Report on plague in the Punjab from October 1st ... to September 30th ..., being the ... season of plague in the province
Disease focus: Plague
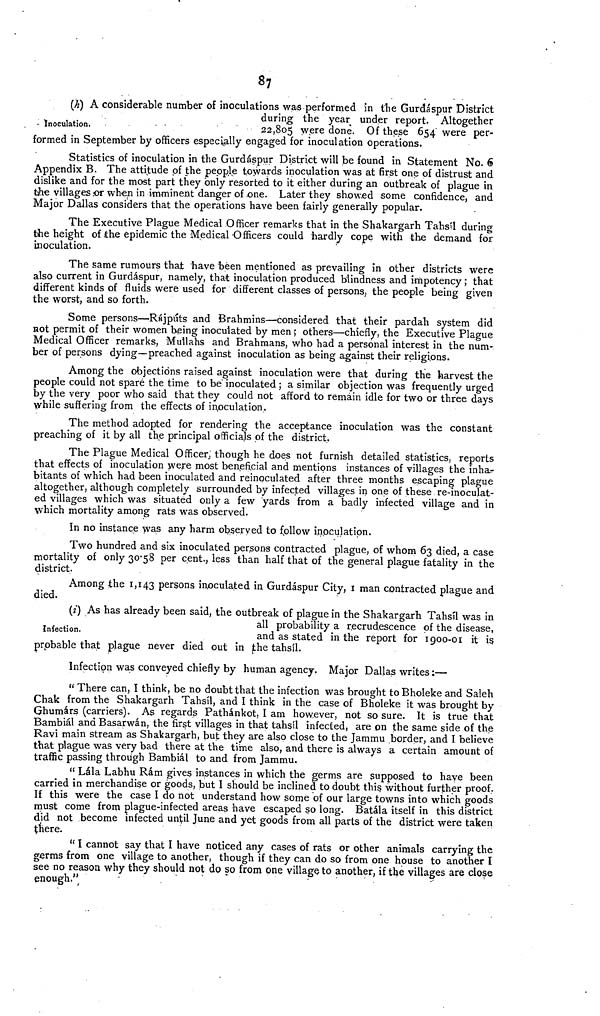
87
Inoculation.
(h) A considerable number of inoculations was performed in the Gurdáspur District
during the year under report. Altogether
22,805 were done. Of these 654 were per-
formed in September by officers especially engaged for inoculation operations.
Statistics of inoculation in the Gurdáspur District will be found in Statement No. 6
Appendix B. The attitude of the people towards inoculation was at first one of distrust and
dislike and for the most part they only resorted to it either during an outbreak of plague in
the villages or when in imminent danger of one. Later they showed some confidence, and
Major Dallas considers that the operations have been fairly generally popular.
The Executive Plague Medical Officer remarks that in the Shakargarh Tahsíl during
the height of the epidemic the Medical-Officers could hardly cope with the demand for
inoculation.
The same rumours that have been mentioned as prevailing in other districts were
also current in Gurdáspur, namely, that inoculation produced blindness and impotency ; that
different kinds of fluids were used for different classes of persons, the people being given
the worst, and so forth.
Some persons—Rájpúts and Brahmins—considered that their pardah system did
not permit of their women being inoculated by men; others—chiefly, the Executive Plague
Medical Officer remarks, Mullahs and Brahmans, who had a personal interest in the num-
ber of persons dying—preached against inoculation as being against their religions.
Among the objections raised against inoculation were that during the harvest the
people could not spare the time to be inoculated ; a similar objection was frequently urged
by the very poor who said that they could not afford to remain idle for two or three days
while suffering from the effects of inoculation.
The method adopted for rendering the acceptance inoculation was the constant
preaching of it by all the principal officials of the district.
The Plague Medical Officer; though he does not furnish detailed statistics, reports
that effects of inoculation were most beneficial and mentions instances of villages the inhar
bitants of which had been inoculated and reinoculated after three months escaping plague
altogether, although completely surrounded by infected villages in one of these re-inoculat-
ed villages which was situated only a few yards from a badly infected village and in
which mortality among rats was observed.
In no instance was any harm observed to follow inoculation.
Two hundred and six inoculated persons contracted plague, of whom 63 died, a case
mortality of only 30'58 per cent., less than half that of the general plague fatality in the
district.
Among the 1,143 persons inoculated in Gurdáspur City, I man contracted plague and
died.
Infection.
(i) As has already been said, the outbreak of plague in the Shakargarh Tahsíl was in
all probability a recrudescence of the disease,
and as stated in the report for 1900-01 it is
probable that plague never died out in the tahsíl.
Infection was conveyed chiefly by human agency. Major Dallas writes:—
" There can, I think, be no doubt that the infection was brought to Bholeke and Saleh
Chak from the Shakargarh Tahsíl, and I think in the case of Bholeke it was brought by
Ghumárs (carriers). As regards Pathánkot, I am however, not so sure. It is true that
Bambiál and Basarwán, the first villages in that tahsíl infected, are on the same side of the
Ravi main stream as Shakargarh, but they are also close to the Jammu border, and I believe
that plague was very bad there at the time also, and there is always a certain amount of
traffic passing through Bambiál to and from Jammu.
" Lála Labhu Rám gives instances in which the germs are supposed to have been
carried in merchandise or goods, but I should be inclined to doubt this without further proof.
If this were the case I do not understand how some of our large towns into which goods
must come from plague-infected areas have escaped so long. Batála itself in this district
did not become infected until June and yet goods from all parts of the district were taken
there.
" I cannot say that I have noticed any cases of rats or other animals carrying the
germs from one village to another, though if they can do so from one house to another I
see no reason why they should not do so from one village to another, if the villages are close
enough."